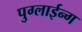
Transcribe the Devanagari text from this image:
पुग्लाईन्ग